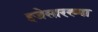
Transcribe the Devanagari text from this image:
इजेसारख्या